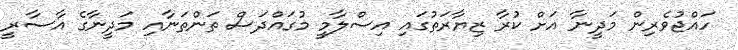
ހައްޖުވެރިން މަދީނާ އަށް ކުރާ ޒިޔާރަތުގައި އިސްލާމީ މުގައްދަސް ތަންތަނާއި މަދީނާގެ އާސާރީ